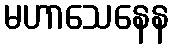
မဟာသေနေန